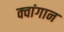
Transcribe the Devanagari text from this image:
क्वांगान